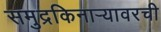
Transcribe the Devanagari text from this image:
समुद्रकिनार्‍यावरची